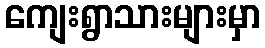
ကျေးရွာသားများမှာ